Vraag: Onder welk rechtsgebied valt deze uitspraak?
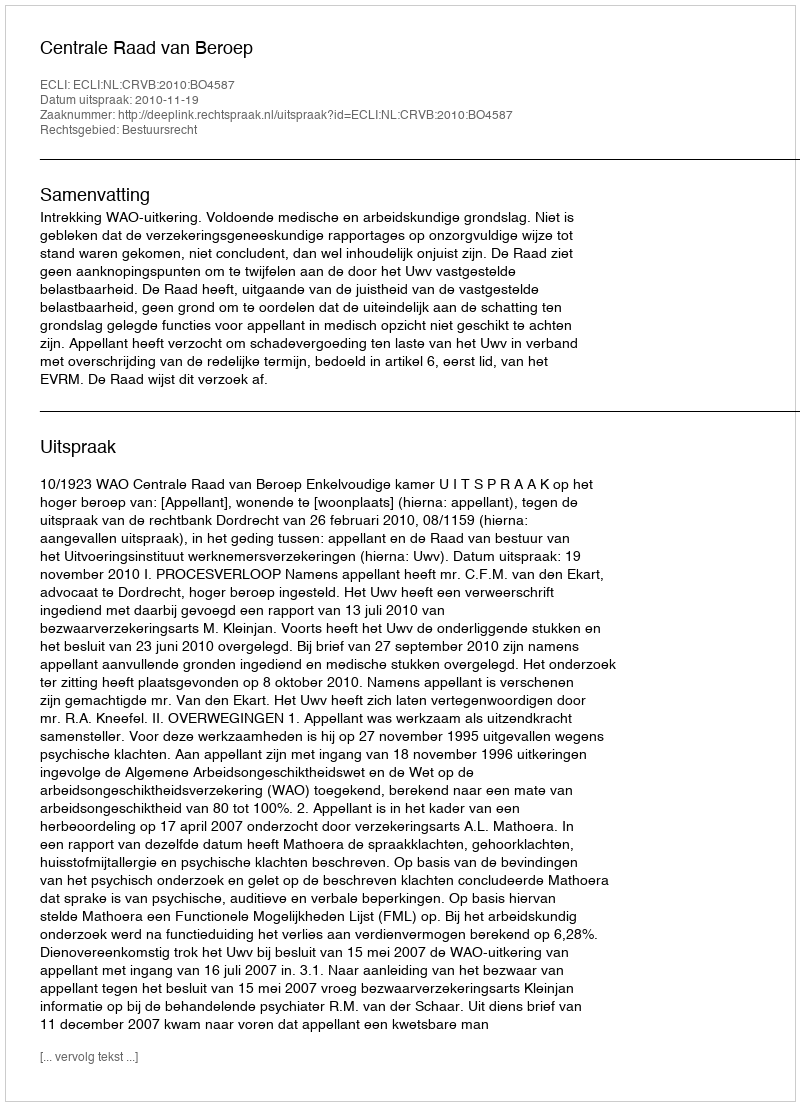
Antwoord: Bestuursrecht